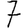
Digit: 7